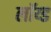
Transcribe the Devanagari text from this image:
लॉय्ड